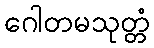
ဂေါတမသုတ္တံ